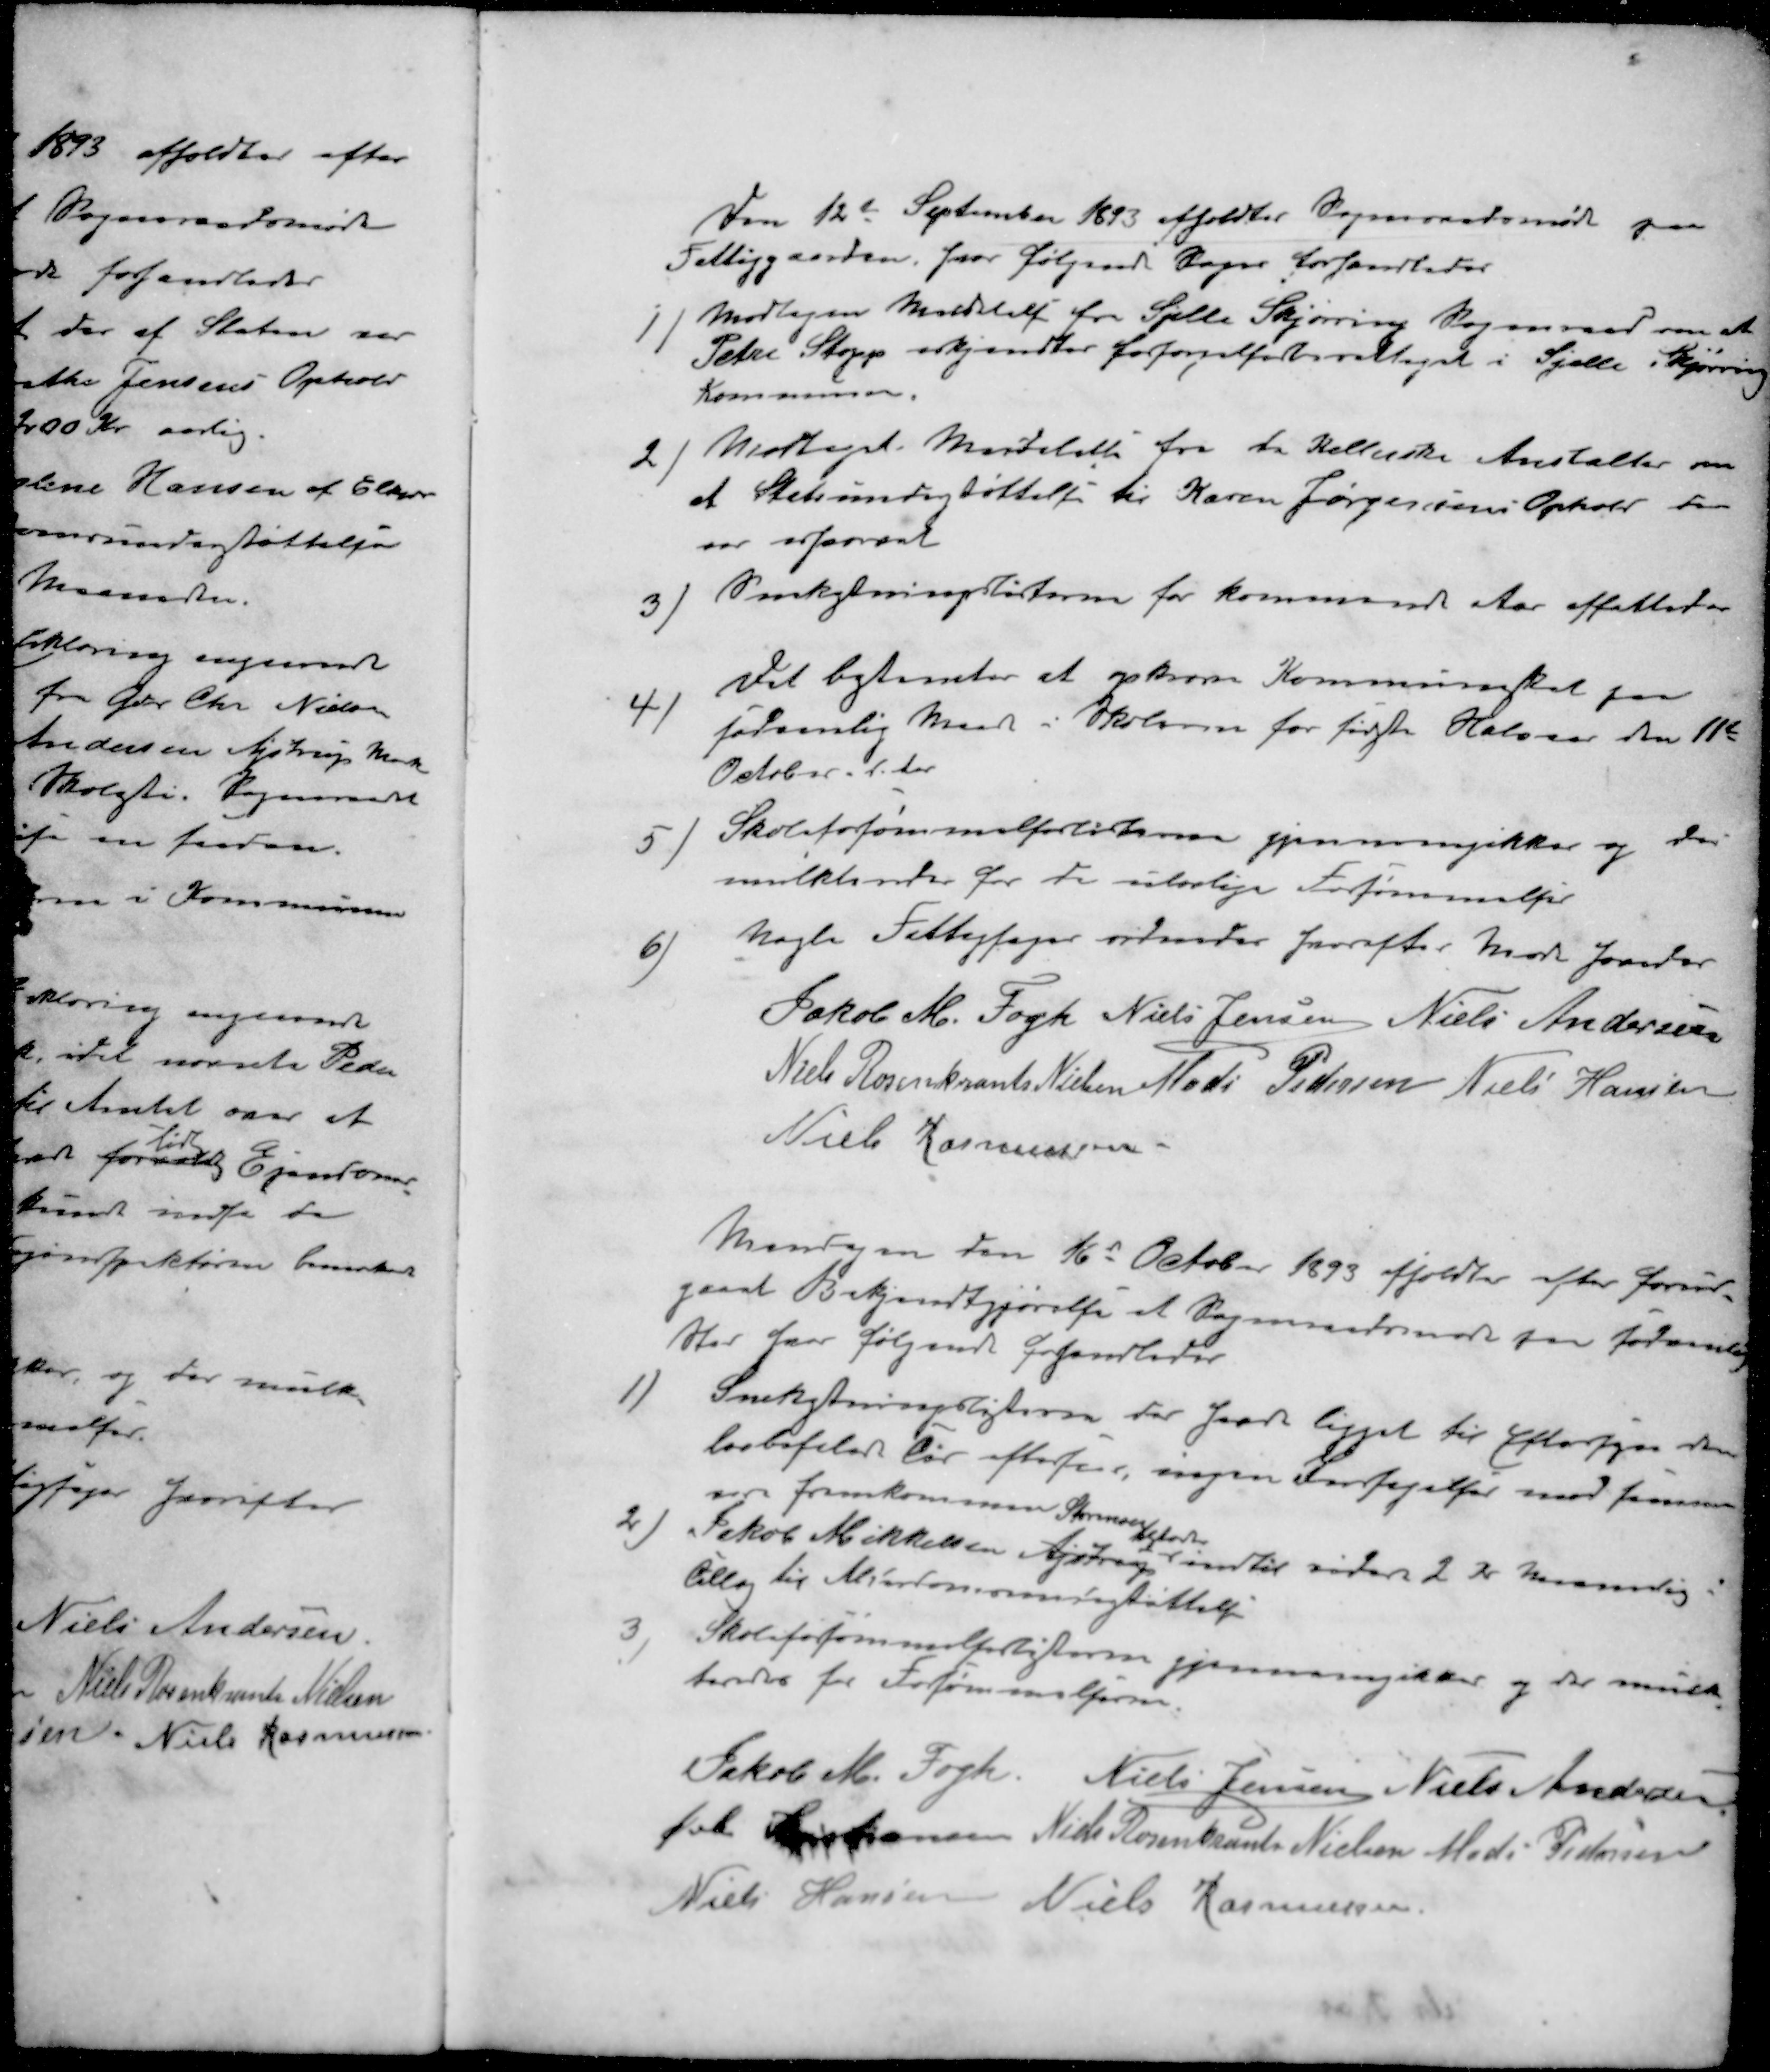
Transskription:
Den 12t September 1893 afholdtes Sogneraadsmøde paa
Fattiggaarden, hvor følgende Sager forhandledes
1 ) Modtagen Meddelelse fra Sjelle Skjørring Sogneraad om at
Peter Stopp erkjendtes forsørgelsesberettiget i Sjelle Skjørring
Kommune.
2 ) Modtaget Meddelelse fra de Kellerske Anstalter om
at Statsunderstøttelse til Karen Jørgensens Ophold nu
var 
3 ) Snekastningslisterne for kommende Aar affattedes
4 ) Det bestemtes at opkræve Kommuneskat paa
sædvanlig Maade i Skolerne for første Halvaar den 11t
October d Aar
5 ) Skoleforsømmelseslisterne gjennemgikkes og der
mulkteredes for de ulovlige Forsømmelser
6 ) nogle Fattigsager ordnedes hvorefter Møde hævedes
Jakob M Fogh
Niels Jensen
Niels Andersen
Niels Rosenkrants Nielsen
Mads Pedersen
Niels Hansen
Niels Rasmussen
Mandagen den 16d October 1893 afholdtes efter forud-
gaaet Bekjendtgjørelse et Sogneraadsmøde paa 
Hav hvor følgende forhandledes
1 ) Snekastningslisterne har Iaar ligget til Eftersyn den
lovbefalede Tid eftersom, ingen Indsigelser mod samme
var fremkommen
Storenor
Jakob Mikkelsen Astrup indtil videre 2 Kr maanedlig.
tillæg til Alderdomsunderstøttelse
Skoleforsømmelseslisterne gjennemgikkes og der mulk-
teredes for Forsømmelserne
Jakob M. Fogh
Niels Jensen
Niels Andersen
Øvli Kristiansen
Niels Rosenkrants Nielsen
Mads Pedersen
Niels Hansen
Niels Rasmussen